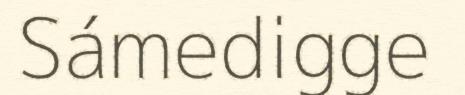
Sámedigge